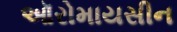
ઑરોમાયસીન